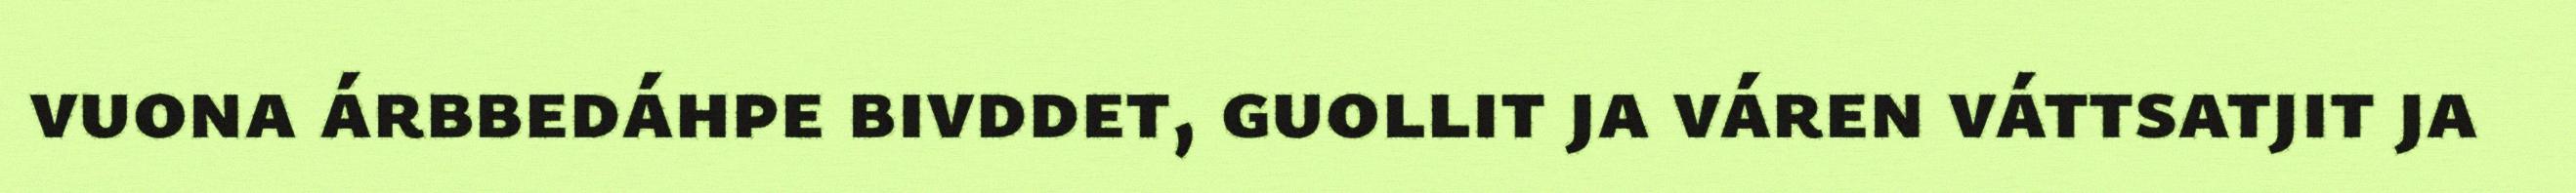
vuona árbbedáhpe bivddet, guollit ja váren váttsatjit ja